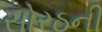
સોરઠની